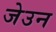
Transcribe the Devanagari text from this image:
जेउन